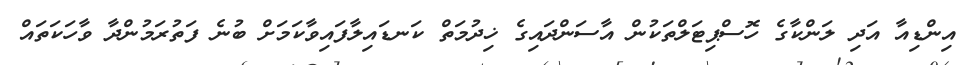
އިންޑިއާ އަދި ލަންކާގެ ހޮސްޕިޓަލްތަކުން އާސަންދައިގެ ޚިދުމަތް ކަނޑައިލާފައިވާކަމަށް ބުނެ ފަތުރަމުންދާ ވާހަކަތައް